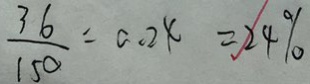
\frac { 3 6 } { 1 5 0 } = 0 . 2 4 = 2 4 \%